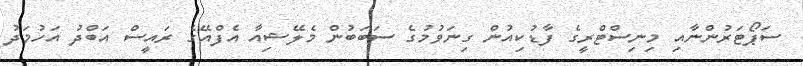
ސަޕޯޓަރުންނާއި މިނިސްޓްރީގެ ފާޑުކިއުން ގިނަވުމުގެ ސަބަބުން މެލޭޝިއާ އެފްއޭގެ ރައީސް އަބްދު އަހުމަދު